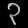
Digit: ၃